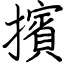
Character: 擯